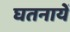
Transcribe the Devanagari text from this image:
घतनायें